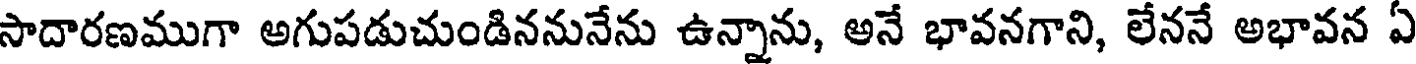
సాదారణముగా అగుపడుచుండిననునేను ఉన్నాను, అనే భావనగాని, లేననే అభావన ఏ